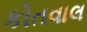
કોતવાલ